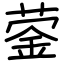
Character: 蓥